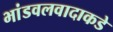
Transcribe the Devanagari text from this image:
भांडवलवादाकडे